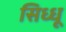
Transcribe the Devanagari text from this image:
सिध्धू